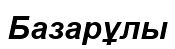
Базарұлы